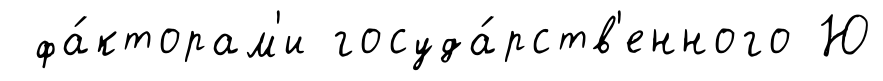
фа́кторам'и госуда́рств'енного Ю